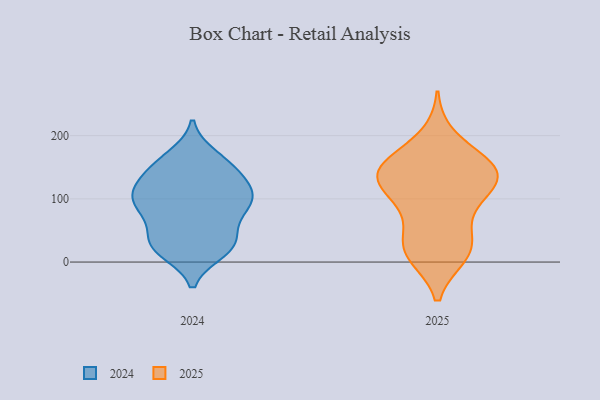
{"axis": {"x": "LTV (USD)", "y": "Value"}, "legend": ["2024", "2025"], "data": [{"x": "", "y": 114, "type": "2025"}, {"x": "", "y": 16, "type": "2025"}, {"x": "", "y": 117, "type": "2025"}, {"x": "", "y": 198, "type": "2025"}, {"x": "", "y": 33, "type": "2025"}, {"x": "", "y": 135, "type": "2025"}, {"x": "", "y": 12, "type": "2025"}, {"x": "", "y": 144, "type": "2025"}, {"x": "", "y": 36, "type": "2025"}, {"x": "", "y": 156, "type": "2025"}, {"x": "", "y": 96, "type": "2025"}, {"x": "", "y": 155, "type": "2025"}, {"x": "", "y": 136, "type": "2025"}, {"x": "", "y": 11, "type": "2025"}, {"x": "", "y": 80, "type": "2025"}, {"x": "", "y": 153, "type": "2025"}, {"x": "", "y": 141, "type": "2025"}, {"x": "", "y": 155, "type": "2024"}, {"x": "", "y": 150, "type": "2024"}, {"x": "", "y": 100, "type": "2024"}, {"x": "", "y": 107, "type": "2024"}, {"x": "", "y": 114, "type": "2024"}, {"x": "", "y": 35, "type": "2024"}, {"x": "", "y": 23, "type": "2024"}, {"x": "", "y": 21, "type": "2024"}, {"x": "", "y": 17, "type": "2024"}, {"x": "", "y": 87, "type": "2024"}, {"x": "", "y": 85, "type": "2024"}, {"x": "", "y": 74, "type": "2024"}, {"x": "", "y": 83, "type": "2024"}, {"x": "", "y": 33, "type": "2024"}, {"x": "", "y": 167, "type": "2024"}, {"x": "", "y": 34, "type": "2024"}, {"x": "", "y": 153, "type": "2024"}, {"x": "", "y": 122, "type": "2024"}, {"x": "", "y": 127, "type": "2024"}, {"x": "", "y": 104, "type": "2024"}]}